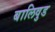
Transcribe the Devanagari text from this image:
बालिवुड